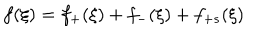
LaTeX: f ( \xi ) = f _ { + } ( \xi ) + f _ { - } ( \xi ) + f _ { + s } ( \xi )